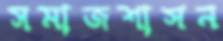
সমাজশাসন